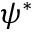
\psi ^ { * }